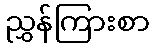
ညွှန်ကြားစာ